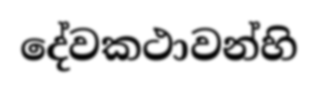
දේවකථාවන්හි